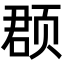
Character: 𫖳